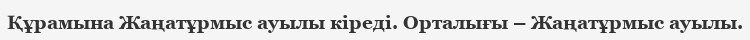
Құрамына Жаңатұрмыс ауылы кіреді. Орталығы – Жаңатұрмыс ауылы.